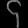
Digit: ၄